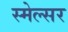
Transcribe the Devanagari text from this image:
स्मेल्सर